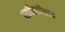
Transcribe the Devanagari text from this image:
स्कॉरसीब्राऊ